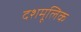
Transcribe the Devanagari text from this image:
दशमूलिक